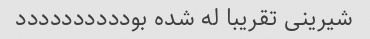
شیرینی تقریبا له شده بودددددددددد